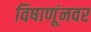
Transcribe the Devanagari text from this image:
विषाणूंनवर